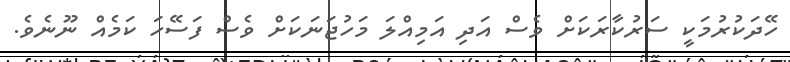
ހޭދަކުރުމަކީ ސަރުކާރަކަށް ވެސް އަދި އަމިއްލަ މަހުޖަނަކަށް ވެސް ފަސޭހަ ކަމެއް ނޫނެވެ.